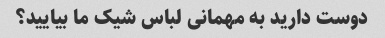
دوست دارید به مهمانی لباس شیک ما بیایید؟